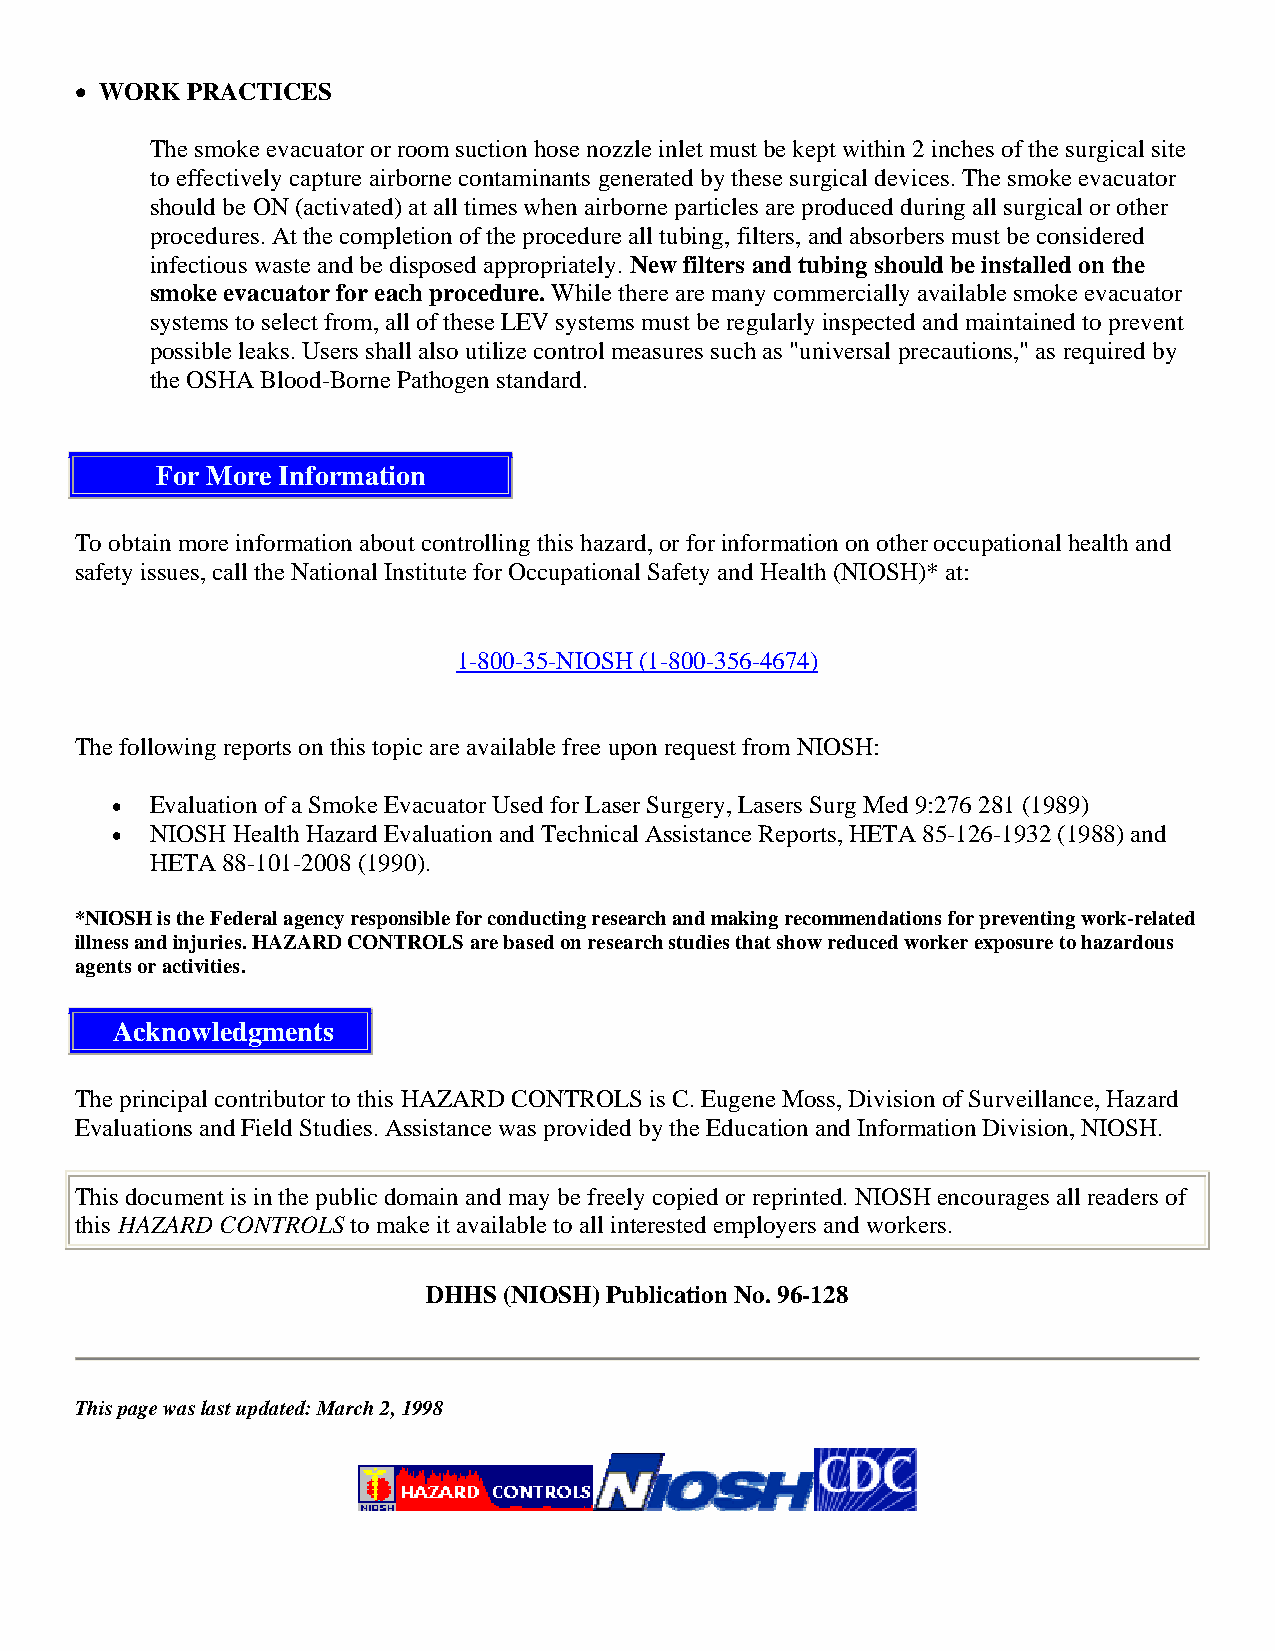
• WORK PRACTICES
 The smoke evacuator or room suction hose nozzle inlet must be kept within 2 inches of the surgical site
 to effectively capture airborne contaminants generated by these surgical devices. The smoke evacuator
 should be ON (activated) at all times when airborne particles are produced during all surgical or other
 procedures. At the completion of the procedure all tubing, filters, and absorbers must be considered
 infectious waste and be disposed appropriately. New filters and tubing should be installed on the
 smoke evacuator for each procedure. While there are many commercially available smoke evacuator
 systems to select from, all of these LEV systems must be regularly inspected and maintained to prevent
 possible leaks. Users shall also utilize control measures such as "universal precautions," as required by
 the OSHA Blood-Borne Pathogen standard.
 For More Information
 To obtain more information about controlling this hazard, or for information on other occupational health and
 safety issues, call the National Institute for Occupational Safety and Health (NIOSH)* at:
 1-800-35-NIOSH (1-800-356-4674)
 The following reports on this topic are available free upon request from NIOSH:
 •  Evaluation of a Smoke Evacuator Used for Laser Surgery, Lasers Surg Med 9:276 281 (1989)
 •  NIOSH Health Hazard Evaluation and Technical Assistance Reports, HETA 85-126-1932 (1988) and
 HETA 88-101-2008 (1990).
 *NIOSH is the Federal agency responsible for conducting research and making recommendations for preventing work-related
 illness and injuries. HAZARD CONTROLS are based on research studies that show reduced worker exposure to hazardous
 agents or activities.
 Acknowledgments
 The principal contributor to this HAZARD CONTROLS is C. Eugene Moss, Division of Surveillance, Hazard
 Evaluations and Field Studies. Assistance was provided by the Education and Information Division, NIOSH.
 This document is in the public domain and may be freely copied or reprinted. NIOSH encourages all readers of
 this HAZARD CONTROLS to make it available to all interested employers and workers.
 DHHS (NIOSH) Publication No. 96-128
 This page was last updated: March 2, 1998